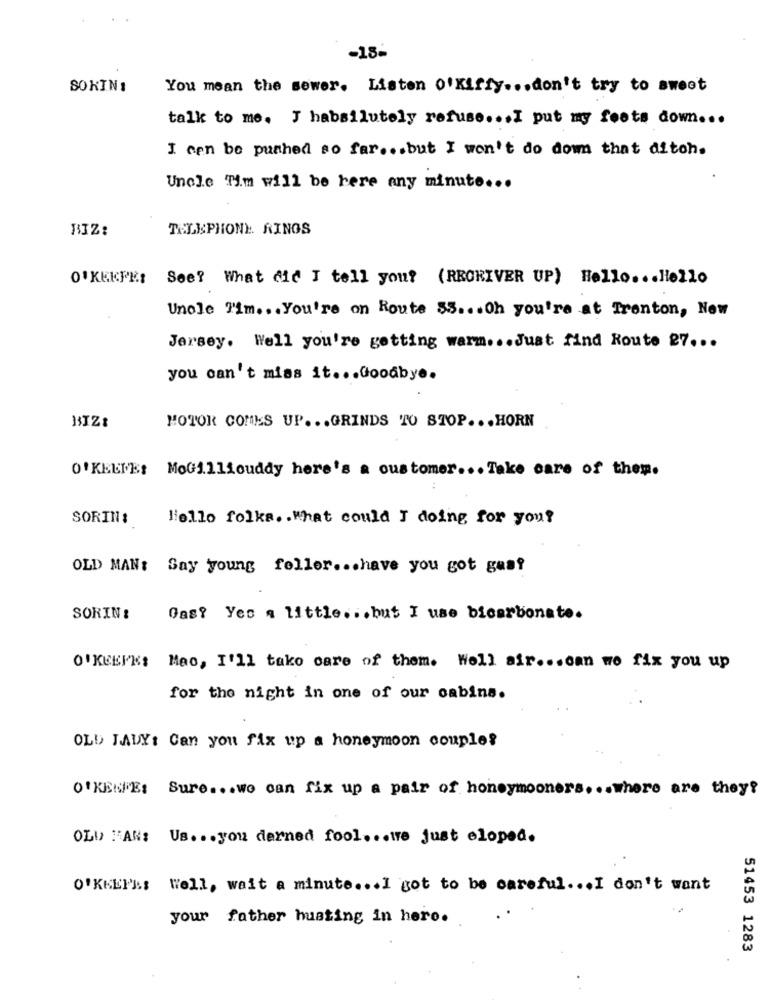
-18-
SOKINI
You mean the sewer. Listen O'Kiffy ... don't try to sweet
talk to me. J habsilutely refuse ... I put my feets down ...
I cen be pushed so far ... but I won't do down that diton.
Uncle Tim will be here any minute ...
BIZ:
TELEPHONE. RINGS
O'KEEFE: See? What did I tell you? (RECEIVER UP) Hello ... Hello
Uncle Fim ... You're on Route 55 ... Oh you're at Trenton, New
Jersey. Well you're getting warm ... Just find Route 27 ...
you can't miss it ... Goodbye.
MOTOR COMES UP ... GRINDS TO STOP ... HORN
O'KEENE: MoGilliouddy here's a customer ... Take care of them.
SORIN:
Hello folks. . What could I doing for you?
OLD MAN: Say young feller ... have you got gaaf
SORIN!
Gas? Yes a little ... but I use bicarbonate.
O'KEEFE: Mac, I'll take care of them. Well air ... can we fix you up
for the night in one of our cabins.
OLD LADY: Can you fix up a honeymoon couple?
O'KEEFE: Sure ... wo can fix up a pair of honeymooners. .. where are they?
OLD MAN: Us. .. you dermed fool. . . we just eloped.
O'KKET's Well, wait a minute ... I got to be careful ... I don't want
your father husting in hero.
51453 1283